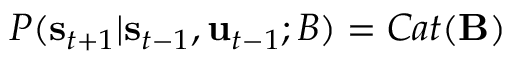
P ( \mathbf { s } _ { t + 1 } | \mathbf { s } _ { t - 1 } , \mathbf { u } _ { t - 1 } ; B ) = C a t ( \mathbf { B } )